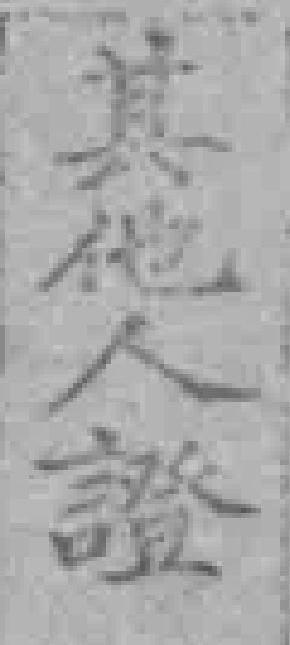
其他人證